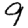
Digit: 9